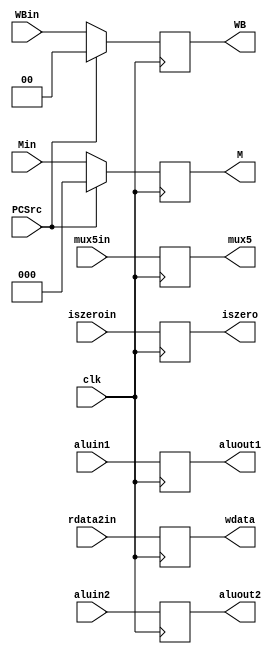
`timescale 1ns / 1ps
//////////////////////////////////////////////////////////////////////////////////
// Company: 
// Engineer: 
// 
// Design Name: 
// Module Name: EX_MEM
// Project Name: 
// Target Devices: 
// Tool Versions: 
// Description: 
// 
// Dependencies: 
// 
// Revision:
// Revision 0.01 - File Created
// Additional Comments:
// 
//////////////////////////////////////////////////////////////////////////////////


module EX_MEM(PCSrc, clk, WBin, Min, aluin1, iszeroin, aluin2, rdata2in, mux5in, WB, M, aluout1, iszero, aluout2, wdata, mux5);
    input clk, PCSrc;
    input [1:0] WBin;
    input [2:0] Min;
    input [31:0] aluin1, aluin2, rdata2in;
    input iszeroin;
    input [4:0] mux5in;
    output reg [1:0] WB;
    output reg [2:0] M;
    output reg [31:0] aluout1, aluout2, wdata;
    output reg iszero;
    output reg [4:0] mux5;
    
    initial begin
        WB <= 0;
        M  <= 0;
        
        aluout1 <= 0;
        aluout2 <= 0;
        iszero  <= 0;
        wdata   <= 0;
        mux5    <= 0;
    end
    
    always @(posedge clk) begin
        WB <= (PCSrc)? 0: WBin;
        M  <= (PCSrc)? 0: Min;
        aluout1 <= aluin1;
        aluout2 <= aluin2;
        iszero  <= iszeroin;
        wdata   <= rdata2in;
        mux5    <= mux5in;
    end
    
endmodule

// case(PCSrc)
//        1'b0 :
//        begin//flash
//            WB <= WBin;
//            M  <= Min;
//            aluout1 <= aluin1;
//            aluout2 <= aluin2;
//            iszero  <= iszeroin;
//            wdata   <= rdata2in;
//            mux5    <= mux5in;
//        end
//        1'b1 :
//        begin
//            WB <= 0;
//            M  <= 0;
//            aluout1 <= aluin1;
//            aluout2 <= aluin2;
//            iszero  <= iszeroin;
//            wdata   <= rdata2in;
//            mux5    <= mux5in;
//        end
//        default :
//        begin
//            WB <= 0;
//            M  <= 0;
//            aluout1 <= 0;
//            aluout2 <= 0;
//            iszero  <= 0;
//            wdata   <= 0;
//            mux5    <= 0;
//        end
//        endcase